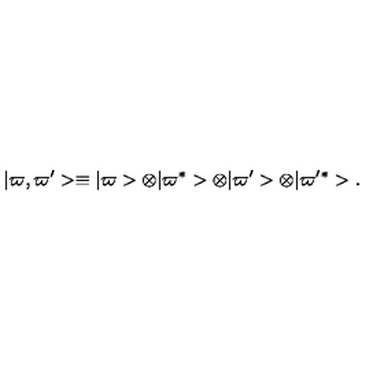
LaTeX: \vert \varpi , \varpi ^ { \prime } > \equiv \vert \varpi > \otimes \vert \varpi ^ { * } > \otimes \vert \varpi ^ { \prime } > \otimes \vert \varpi ^ { \prime } ^ { * } > .